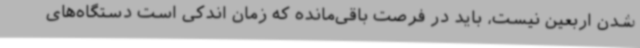
شدن اربعین نیست، باید در فرصت باقی‌مانده که زمان اندکی است دستگاه‌های